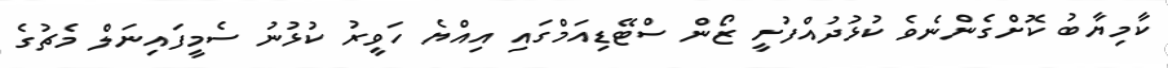
ކާމިޔާބު ކޮށްގެންނެވެ ކުޅުދުއްފުށީ ޒޯން ސްޓޭޑިއަމްގައި އިއްޔެ ހަވީރު ކުޅުނު ސެމީފައިނަލް މެޗުގެ